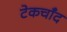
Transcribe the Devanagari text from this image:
टेकचाँद